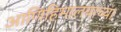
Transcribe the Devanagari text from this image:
आणिहिमालयाच्या